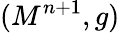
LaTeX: (M^{n+1},g)